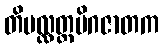
တိပလ္လတ္ထမိဂဇာတက